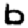
Digit: 6